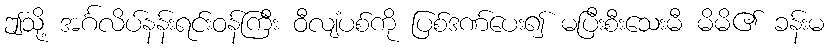
ဤသို့ အင်္ဂလိပ်နန်းရင်းဝန်ကြီး ဝီလျံပစ်ကို ပြစ်ဒဏ်ပေး၍ မပြီးစီးသေးမီ မိမိ၏ ခန်းမ